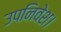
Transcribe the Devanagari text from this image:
उपनिवेश।